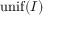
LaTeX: \mathrm { { u n i f } } ( I )